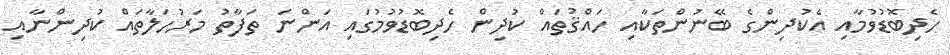
ހެދިބޮޑުވުމާއި އެކުދިންގެ ބޭނުންތަކާއި ހައްޤުތައް ކުދިން ހެދިބޮޑުވުމުގައި އަންނަ ތަފާތު މަރުހަލާތައް ކުދިންނާއި